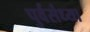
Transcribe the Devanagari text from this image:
पुर्वसंध्या